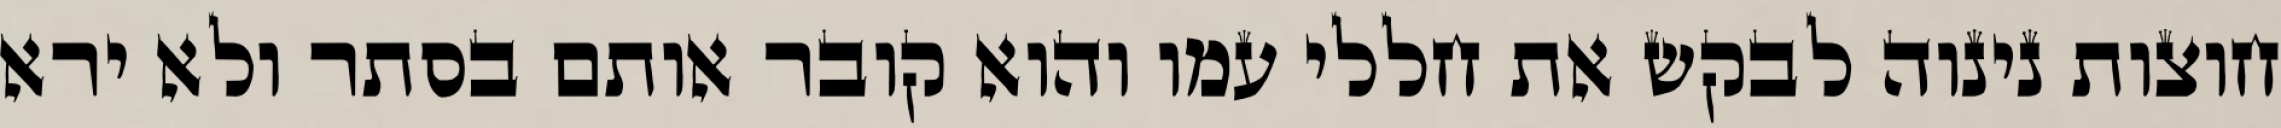
חוצות נינוה לבקש את חללי עמו והוא קובר אותם בסתר ולא ירא